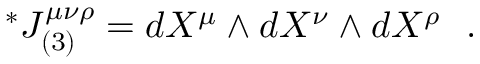
\vphantom { J } ^ { * } J _ { ( 3 ) } ^ { \mu \nu \rho } = d X ^ { \mu } \wedge d X ^ { \nu } \wedge d X ^ { \rho } ~ ~ .